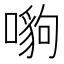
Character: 𠾠